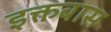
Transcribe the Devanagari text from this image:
इक्तबास